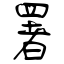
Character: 署